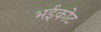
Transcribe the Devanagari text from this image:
भईकोट